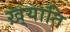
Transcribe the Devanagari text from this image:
ख़्याति